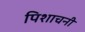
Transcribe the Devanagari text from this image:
पिशाचनी